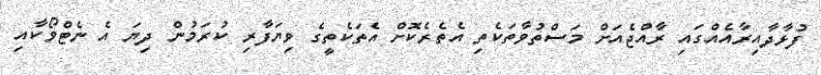
ފުޅާދާއިރާއެއްގައި ރާއްޖެއަށް މަސްތުވާތަކެތި އެތެރެކޮށް އެތަކެތީގެ ވިޔަފާރި ކުރަމުން ދިޔަ އެ ނެޓްވޯކާއި